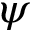
\psi